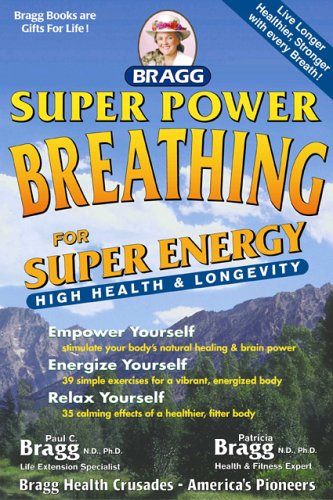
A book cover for Super Power Breathing: For Super Energy High Health & Longevity; Paul Bragg; Health, Fitness & Dieting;